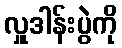
လှူဒါန်းပွဲကို